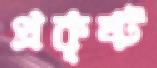
প্রকৃষ্ট